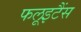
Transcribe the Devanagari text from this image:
फलूइटैंस